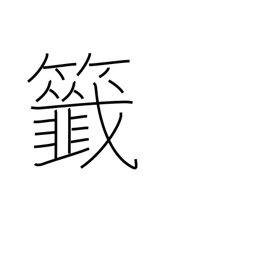
Meaning: raffle